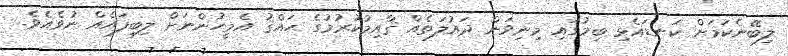
ލިބޭނެކަމަށް ކަނޑައެޅި ބިމުގައި މިނިވަން ދައުލަތެއް ޤާއިމުކުރުމުގެ ޙައްޤު އެމީހުންނަށް ލިބިފައެއް ނުވެއެވެ.